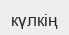
күлкің